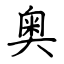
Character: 奥